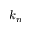
k _ { n }